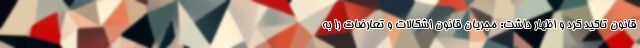
قانون تاکید کرد و اظهار داشت: مجریان قانون اشکالات و تعارضات را به